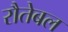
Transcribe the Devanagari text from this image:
रौतेबल